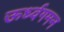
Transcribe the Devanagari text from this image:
ऊर्ध्वगमन